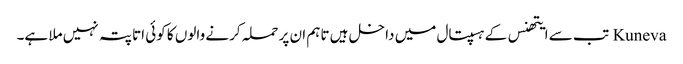
Kuneva تب سے ایتھنس کے ہسپتال میں داخل ہیں تاہم ان پر حملہ کرنے والوں کا کوئی اتا پتہ نہیں ملا ہے۔